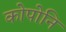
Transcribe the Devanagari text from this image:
कोपोनि